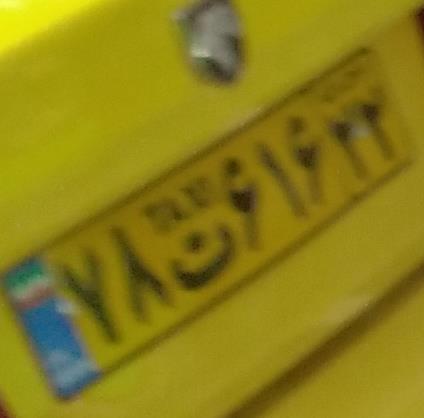
۷۸ت۶۱۶۲۲